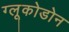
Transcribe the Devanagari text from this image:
ग्लूकोडोन